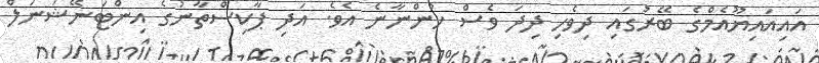
އައިއައިޔޫއެމްގެ ބޭރުގައި ދިވެހި ދިދަ ވެސް ހުންނާނެ އެވެ. އަދި ޕާކިސްތާނުގެ އިންޓަނޭޝަނަލް